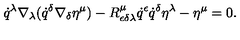
\dot { q } ^ { \lambda } \nabla _ { \lambda } ( \dot { q } ^ { \delta } \nabla _ { \delta } \eta ^ { \mu } ) - R _ { \epsilon \delta \lambda } ^ { \mu } \dot { q } ^ { \epsilon } \dot { q } ^ { \delta } \eta ^ { \lambda } - \eta ^ { \mu } = 0 .